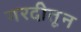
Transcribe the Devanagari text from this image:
गरदीतून